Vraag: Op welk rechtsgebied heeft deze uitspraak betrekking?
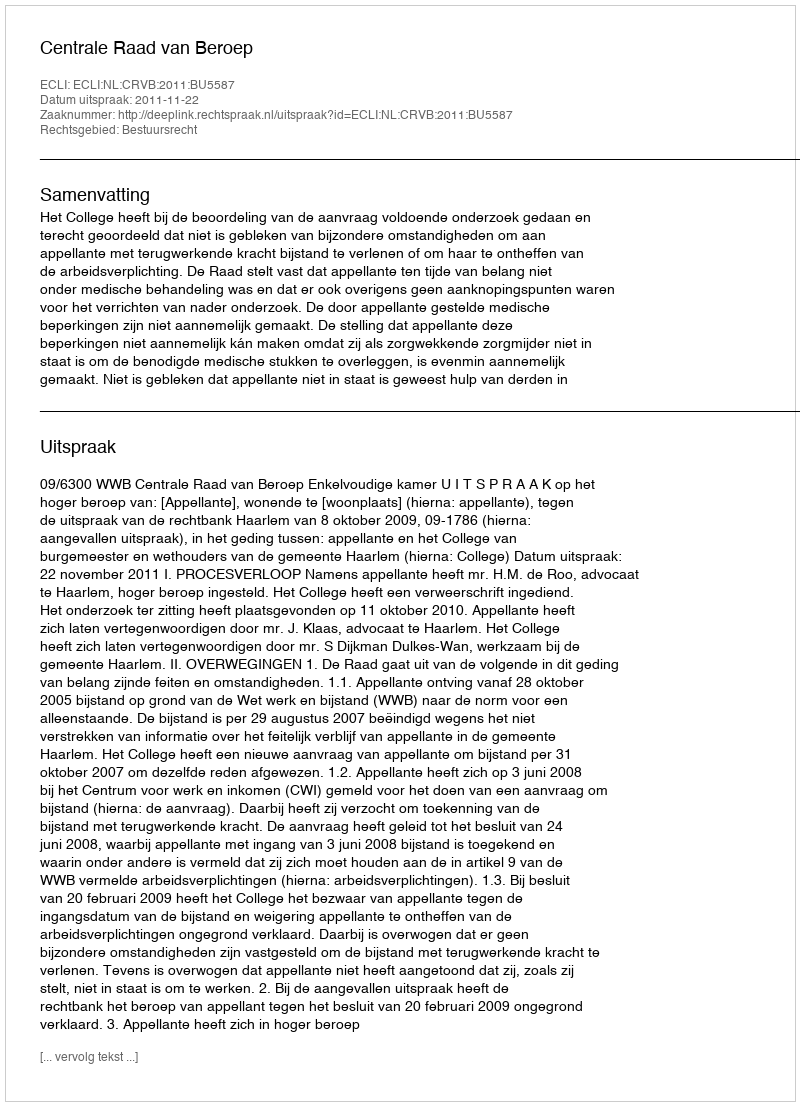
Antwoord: Bestuursrecht